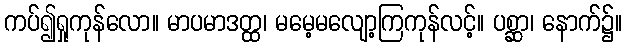
ကပ်၍ရှုကုန်လော။ မာပမာဒတ္ထ၊ မမေ့မလျော့ကြကုန်လင့်။ ပစ္ဆာ၊ နောက်၌။